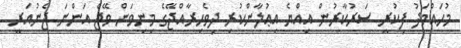
މުހައްމަދު ފިކުރީ ސަރުކާރުން އިއްޔެ އިޢުލާންކުރި ދިވެހިރާއްޖޭގެ މިނިވަން ވޭޖް އަންނަ ޖެނުއަރީ